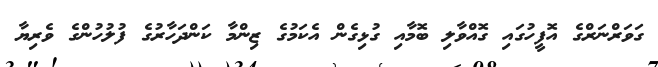
ގަވަރްނަރްގެ އޮފީހުގައި ގޮއްވާލި ބޮމާއި ގުޅިގެން އެކަމުގެ ޒިންމާ ކަންދަހާރުގެ ފުލުހުންގެ ވެރިޔާ